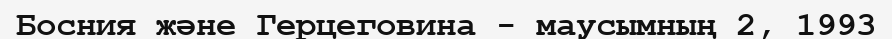
Босния және Герцеговина - маусымның 2, 1993